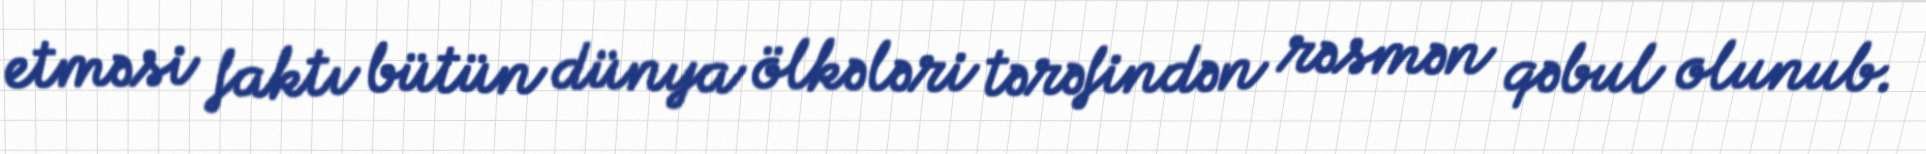
etməsi faktı bütün dünya ölkələri tərəfindən rəsmən qəbul olunub.